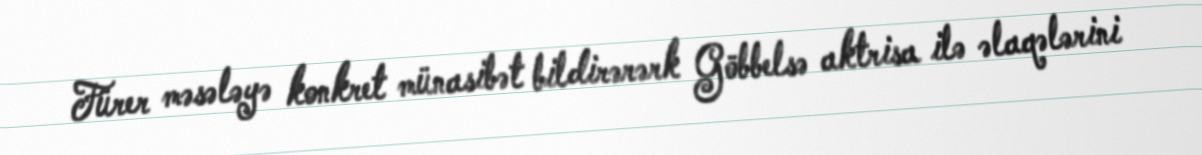
Fürer məsələyə konkret münasibət bildirərərk Göbbelsə aktrisa ilə əlaqələrini